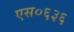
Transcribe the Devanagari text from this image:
एस०६३६